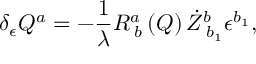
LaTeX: \delta _ { \epsilon } Q ^ { a } = - \frac 1 \lambda R _ { \; b } ^ { a } \left( Q \right) \dot { Z } _ { \; b _ { 1 } } ^ { b } \epsilon ^ { b _ { 1 } } ,